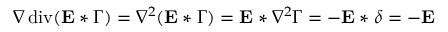
\nabla \operatorname { d i v } ( \mathbf { E } * \Gamma ) = \nabla ^ { 2 } ( \mathbf { E } * \Gamma ) = \mathbf { E } * \nabla ^ { 2 } \Gamma = - \mathbf { E } * \delta = - \mathbf { E }